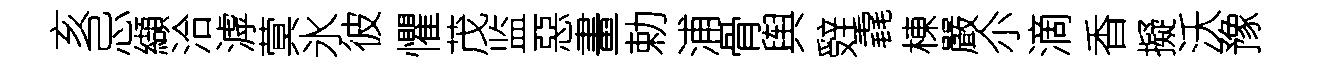
亥忌纈洽滹蓂氷彼懼茂监惡畫勅浦骨舆辤毳棟嚴尒滴香擬沃豫